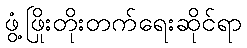
ဖွံ့ဖြိုးတိုးတက်ရေးဆိုင်ရာ